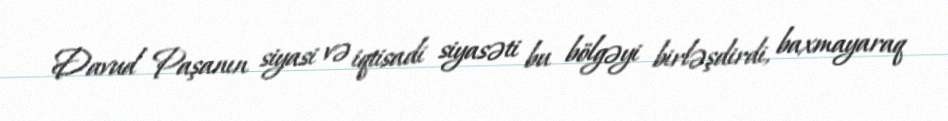
Davud Paşanın siyasi və iqtisadi siyasəti bu bölgəyi birləşdirdi, baxmayaraq